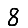
Digit: 8